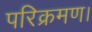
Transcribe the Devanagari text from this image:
परिक्रमण।